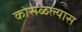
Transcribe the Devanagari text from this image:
कोसळल्यास